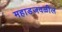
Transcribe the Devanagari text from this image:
महाडजवळील